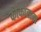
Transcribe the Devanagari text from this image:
कौकासस